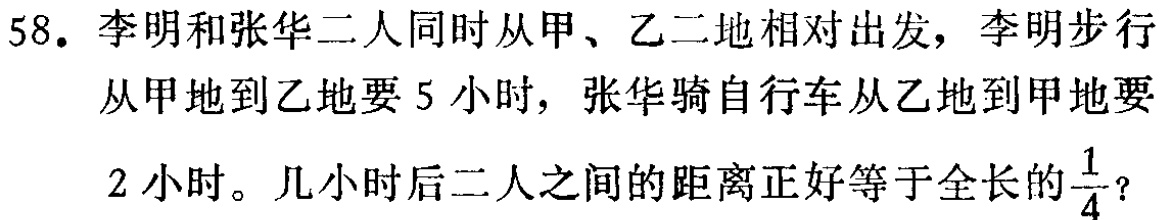
58. 李明和张华二人同时从甲、乙二地相对出发，李明步行从甲地到乙地要 5 小时，张华骑自行车从乙地到甲地要 2 小时。几小时后二人之间的距离正好等于全长的$\frac{1}{4}$？